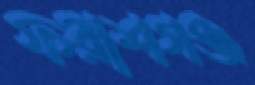
ফরাশগঞ্জ